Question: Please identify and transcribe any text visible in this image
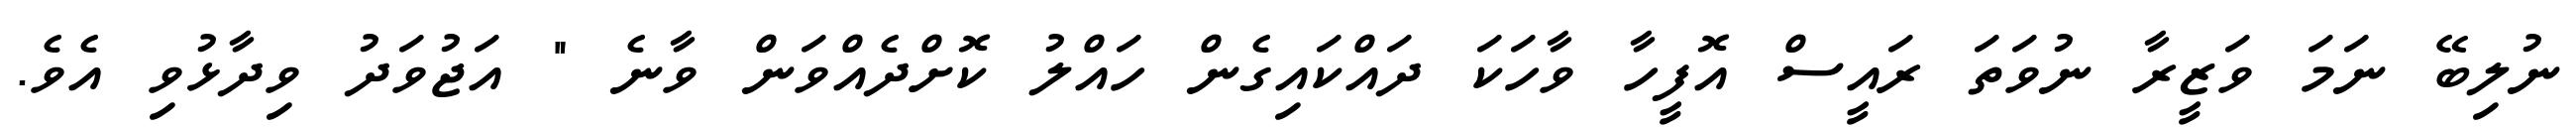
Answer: ނުލިބޭ ނަމަ ވަޒީރާ ނުވަތަ ރައީސް އޮފީހާ ވާހަކަ ދައްކައިގެން ހައްލު ކޮށްދެއްވަން ވާނެ " އަޖުވަދު ވިދާޅުވި އެވެ.